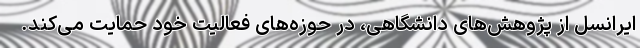
ایرانسل از پژوهش‌های دانشگاهی، در حوزه‌های فعالیت خود حمایت می‌کند.